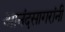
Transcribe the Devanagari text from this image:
आनंदसागरांनी